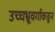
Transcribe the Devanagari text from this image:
उच्चभ्रूवर्गाकडून